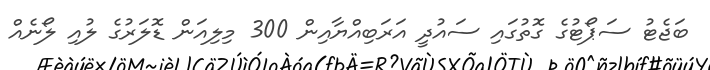
ބަޖެޓު ސަޕޯޓުގެ ގޮތުގައި ސައުދީ އަރަބިއްޔާއިން 300 މިލިއަން ޑޮލަރުގެ ލުއި ލޯނެއް